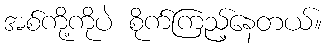
အစ်ကို့ကိုပဲ စိုက်ကြည့်နေတယ်။